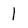
Character: 1